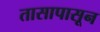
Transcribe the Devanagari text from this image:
तासापासून